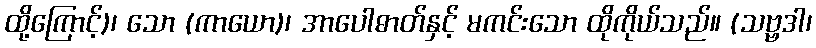
ထို့ကြောင့်)၊ သော (ကာယော)၊ အာပေါဓာတ်နှင့် မကင်းသော ထိုကိုယ်သည်။ (သဗ္ဗဒါ၊